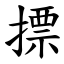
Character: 摽